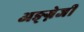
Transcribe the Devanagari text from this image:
अङ्ग्नेजी